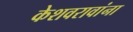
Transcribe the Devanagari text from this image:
केशवरावांना